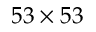
5 3 \times 5 3